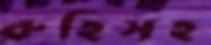
রুহিসহ